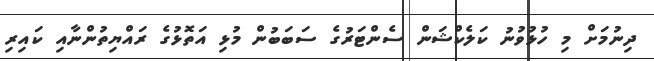
ދިނުމަށް މި ހުޅުވުނު ކަލެކްޝަން ސެންޓަރުގެ ސަބަބުން މުޅި އަތޮޅުގެ ރައްޔިތުންނާއި ކައިރި